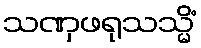
သဏှဖရုသသ္မိံ